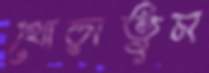
থোব্‌ড়াতুম